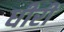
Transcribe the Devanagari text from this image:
धीरी